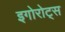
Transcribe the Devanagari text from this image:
इगोरोट्स